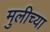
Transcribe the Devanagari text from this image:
मुलीच्‍या